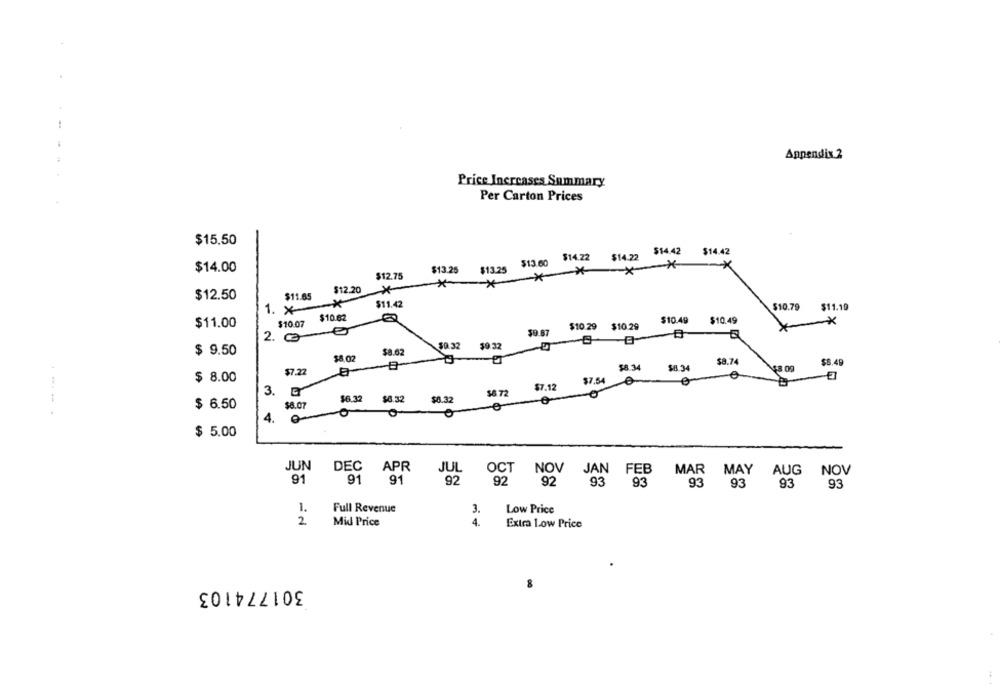
Appendix 2
Price Increases Summary
Per Carton Prices
$15.50
$14.22 $14.22 $14.42
$14.42
$13.60
$14.00
$13.25
$13.25
XXXX
$12.75
$12.20
$12.50
$11.65
$11.42
1. x
$10.79
$11.19
$10.62
$11.00
$10.07
$10.49
$10.49
**
2. 00
$0.87
$10.29 $10.29
$0. 32
$9 32
$ 9.50
$8.62
$8.02
$8.34
$8.34
$8.74
$8.00
$8.49
$7.22
$ 8.00
$7.54
$7.12
3.
58 72
$6.32
$6.32
$8.32
$ 6.50
$8.07
.-- - -
4.
$ 5.00
JUN
DEC
APR
JUL
OCT
NOV
NOV
JAN FEB MAR MAY AUG
91
91
91
92
92
92
93
93
93
93
93 93
1.
Full Revenue
3.
Low Price
2
Mid Price
4.
Extra low Price
301774103